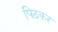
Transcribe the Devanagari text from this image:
पिठकर